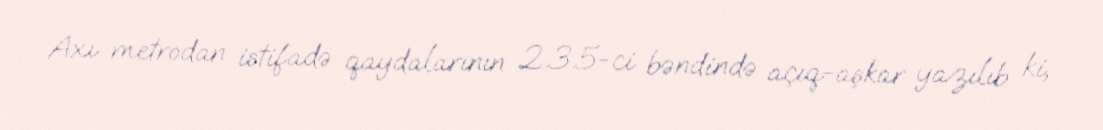
Axı metrodan istifadə qaydalarının 2.3.5-ci bəndində açıq-aşkar yazılıb ki,